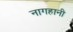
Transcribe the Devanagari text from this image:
नागहानी